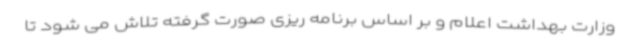
وزارت بهداشت اعلام و بر اساس برنامه ریزی صورت گرفته تلاش می شود تا